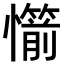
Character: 𢤣